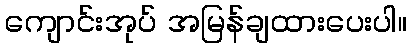
ကျောင်းအုပ် အမြန်ချထားပေးပါ။